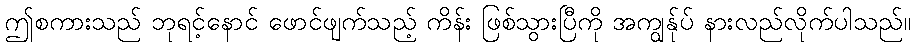
ဤစကားသည် ဘုရင့်နောင် ဖောင်ဖျက်သည့် ကိန်း ဖြစ်သွားပြီကို အကျွန်ုပ် နားလည်လိုက်ပါသည်။